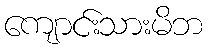
ကျောင်းသားမိဘ